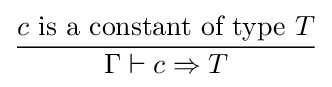
{\frac {c{\text{ is a constant of type }}T}{\Gamma \vdash c\Rightarrow T}}